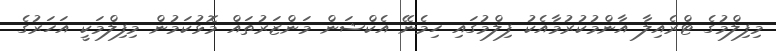
މިފިލްމުގެ ޓްރެއިލާ އާންމުކުރުމާއެކު ފިލްމުގައި ހިމެނޭ އެކްޝަން މަންޒަރުތައް މޮޅުކަމުން މިފިލްމަކީ އަހަރުގެ